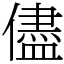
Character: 儘